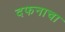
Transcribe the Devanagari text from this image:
दफनाचा